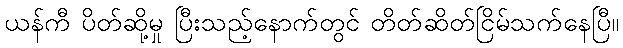
ယန်ကီ ပိတ်ဆို့မှု ပြီးသည့်နောက်တွင် တိတ်ဆိတ်ငြိမ်သက်နေပြီ။